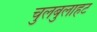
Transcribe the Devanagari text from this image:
चुलबुलाहट